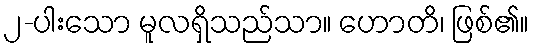
၂-ပါးသော မူလရှိသည်သာ။ ဟောတိ၊ ဖြစ်၏။